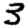
Digit: 3